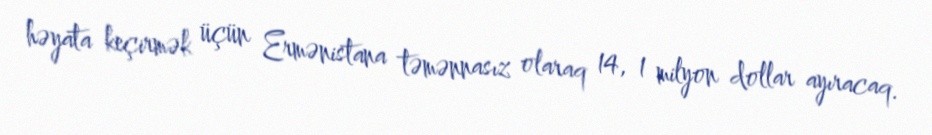
həyata keçirmək üçün Ermənistana təmənnasız olaraq 14, 1 milyon dollar ayıracaq.